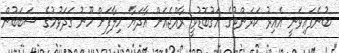
ބުނެފައިވަނީ އެއިރު ކަރަންޓުގެ އަގުބޮޑުވީ ރާއްޖެއަށް އާދަޔާ ހިލާފަށް ހޫނު ގަދަވުމުގެ ސަބަބުން